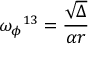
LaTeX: { \omega _ { \phi } } ^ { 1 3 } = \frac { \sqrt \Delta } { \alpha r } \,